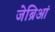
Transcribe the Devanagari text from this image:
जेब्रिआं